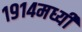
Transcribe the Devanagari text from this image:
१९१४मध्यी